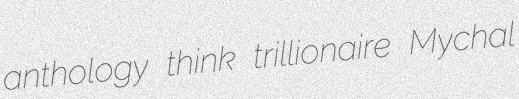
anthology think trillionaire Mychal